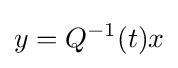
y=Q^{-1}(t)x